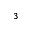
^ { 3 }